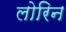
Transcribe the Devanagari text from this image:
लोरिन